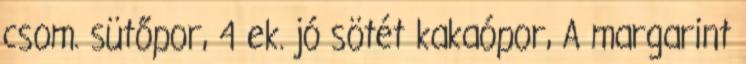
csom. sütőpor, 4 ek. jó sötét kakaópor, A margarint